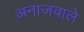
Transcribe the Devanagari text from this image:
अनाजवाले